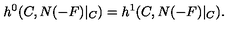
h ^ { 0 } ( C , N ( - F ) | _ { C } ) = h ^ { 1 } ( C , N ( - F ) | _ { C } ) .